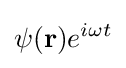
\psi (\mathbf {r} )e^{i\omega t}